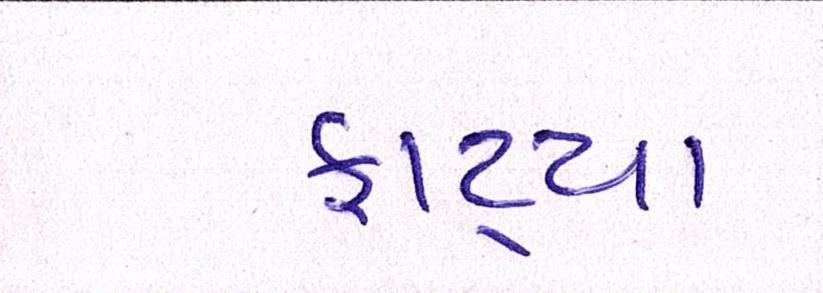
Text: ફાટ્યા